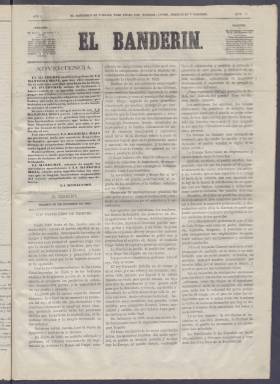
Título: El Banderín (Madrid)
Colección: Periódicos
Ámbito geográfico: Madrid
Lugar de publicación: Madrid
Fechas: 30/10/1869-27/11/1869